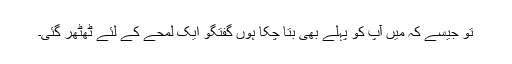
تو جیسے کہ میں آپ کو پہلے بھی بتا چکا ہوں گفتگو ایک لمحے کے لئے ٹھٹھر گئی۔